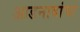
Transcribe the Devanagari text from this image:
आडनावांचा